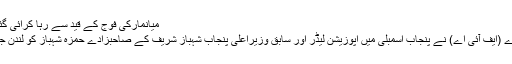
میانمارکی فوج کے قید سے رہا کرائی گئی روہنگیا لڑکی…
وفاقی تحقیقاتی ادارے (ایف آئی اے) نے پنجاب اسمبلی میں اپوزیشن لیڈر اور سابق وزیراعلیٰ پنجاب شہباز شریف کے صاحبزادے حمزہ شہباز کو لندن جانے سے روک دیا۔